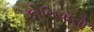
કોરિયાનો